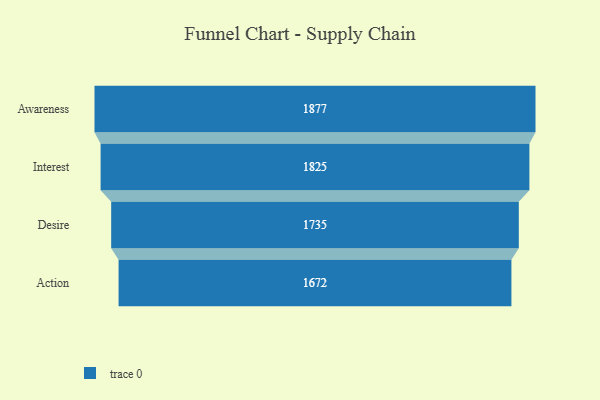
{"axis": {"x": "Stage", "y": "Value"}, "legend": [""], "data": [{"x": "Awareness", "y": 1877.0, "type": ""}, {"x": "Interest", "y": 1825.0, "type": ""}, {"x": "Desire", "y": 1735.0, "type": ""}, {"x": "Action", "y": 1672.0, "type": ""}]}